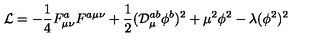
{ \cal L } = - \frac { 1 } { 4 } F _ { \mu \nu } ^ { a } F ^ { a \mu \nu } + \frac { 1 } { 2 } ( { \cal D } _ { \mu } ^ { a b } \phi ^ { b } ) ^ { 2 } + \mu ^ { 2 } \phi ^ { 2 } - \lambda ( \phi ^ { 2 } ) ^ { 2 }